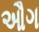
ઔગ